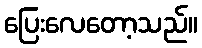
ပြေးလေတော့သည်။